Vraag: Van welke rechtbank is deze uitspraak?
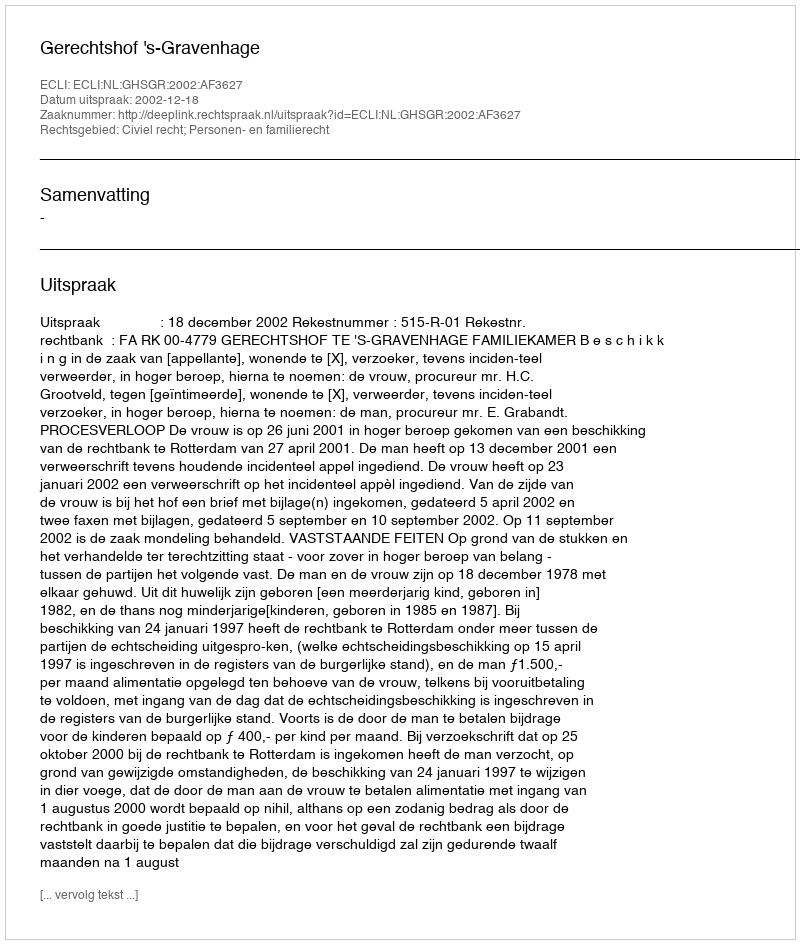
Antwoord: Gerechtshof 's-Gravenhage